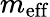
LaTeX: m_{\mathrm{eff}}